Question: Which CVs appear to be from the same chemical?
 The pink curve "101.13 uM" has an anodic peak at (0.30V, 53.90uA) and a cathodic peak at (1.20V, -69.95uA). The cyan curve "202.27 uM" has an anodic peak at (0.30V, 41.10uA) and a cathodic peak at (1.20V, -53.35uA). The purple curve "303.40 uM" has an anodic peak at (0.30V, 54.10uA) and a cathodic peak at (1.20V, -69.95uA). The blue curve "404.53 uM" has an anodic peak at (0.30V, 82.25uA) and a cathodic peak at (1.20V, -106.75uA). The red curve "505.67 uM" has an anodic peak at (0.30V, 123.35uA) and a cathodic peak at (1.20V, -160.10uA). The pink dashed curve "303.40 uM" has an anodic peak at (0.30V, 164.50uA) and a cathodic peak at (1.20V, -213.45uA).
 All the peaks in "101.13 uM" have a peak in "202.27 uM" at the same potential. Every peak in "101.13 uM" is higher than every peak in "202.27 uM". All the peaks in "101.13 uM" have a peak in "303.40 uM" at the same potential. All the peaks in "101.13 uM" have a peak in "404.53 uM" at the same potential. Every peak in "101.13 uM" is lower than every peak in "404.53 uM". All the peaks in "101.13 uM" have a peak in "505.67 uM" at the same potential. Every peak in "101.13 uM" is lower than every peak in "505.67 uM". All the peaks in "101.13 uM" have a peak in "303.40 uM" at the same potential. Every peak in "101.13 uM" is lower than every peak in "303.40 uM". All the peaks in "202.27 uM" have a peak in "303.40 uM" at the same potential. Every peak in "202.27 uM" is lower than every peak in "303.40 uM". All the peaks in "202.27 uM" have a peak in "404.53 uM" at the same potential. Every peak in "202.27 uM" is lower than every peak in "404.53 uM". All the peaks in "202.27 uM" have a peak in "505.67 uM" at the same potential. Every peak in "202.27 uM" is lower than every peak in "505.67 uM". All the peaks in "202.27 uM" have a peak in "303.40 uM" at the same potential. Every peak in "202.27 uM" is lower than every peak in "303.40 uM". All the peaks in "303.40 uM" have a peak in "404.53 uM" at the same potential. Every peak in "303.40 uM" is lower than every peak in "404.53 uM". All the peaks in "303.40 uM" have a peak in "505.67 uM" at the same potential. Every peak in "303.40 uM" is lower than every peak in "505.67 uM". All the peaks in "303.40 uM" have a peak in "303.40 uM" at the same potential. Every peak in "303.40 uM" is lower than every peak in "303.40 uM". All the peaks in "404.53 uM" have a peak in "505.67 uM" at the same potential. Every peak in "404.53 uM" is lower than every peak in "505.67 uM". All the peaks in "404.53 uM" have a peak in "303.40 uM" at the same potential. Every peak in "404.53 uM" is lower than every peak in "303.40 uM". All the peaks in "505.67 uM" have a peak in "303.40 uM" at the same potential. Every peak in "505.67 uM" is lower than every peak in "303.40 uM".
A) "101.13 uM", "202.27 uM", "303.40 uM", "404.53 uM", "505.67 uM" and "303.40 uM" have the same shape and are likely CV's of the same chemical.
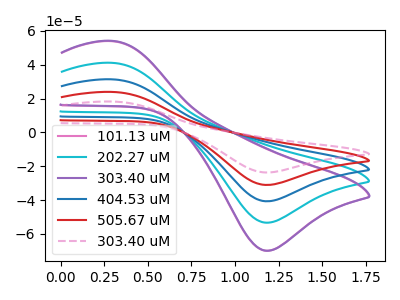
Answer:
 <answer>A) "101.13 uM", "202.27 uM", "303.40 uM", "404.53 uM", "505.67 uM" and "303.40 uM" have the same shape and are likely CV's of the same chemical.</answer>
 <eval>A</eval>